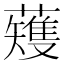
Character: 𫊆